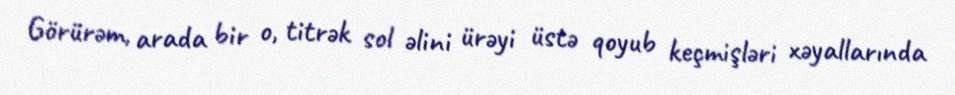
Görürəm, arada bir o, titrək sol əlini ürəyi üstə qoyub keçmişləri xəyallarında